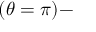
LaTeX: ( \theta = \pi ) -